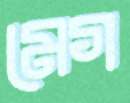
মেগ